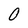
Character: 0